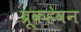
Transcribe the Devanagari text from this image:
ब्रूकहेवन